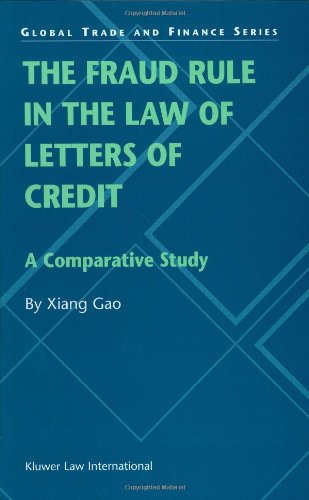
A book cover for The Fraud Rule in the Law of Letters of Credit (Global Trade & Finance Series); Xiang Gao; Law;